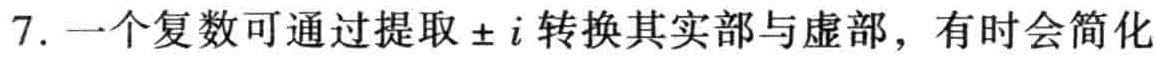
7. 一个复数可通过提取$\pm i$转换其实部与虚部，有时会简化